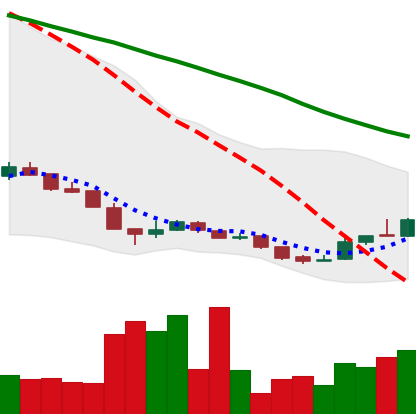
Ticker: XLM-USD
Chart end date: 2018-12-20
Forward return: -3.847%
Label: down_3_5